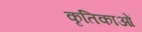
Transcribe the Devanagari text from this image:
कृतिकाओं